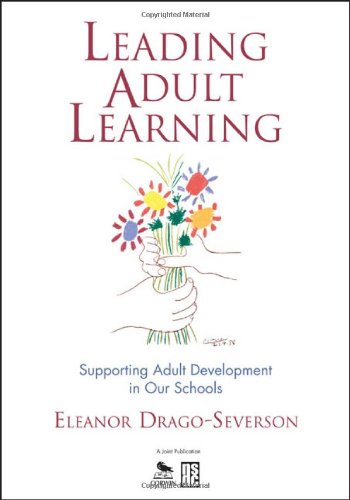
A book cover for Leading Adult Learning: Supporting Adult Development in Our Schools; Eleanor (Ellie) Drago-Severson; Education & Teaching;